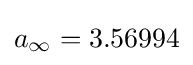
a_{\infty }=3.56994